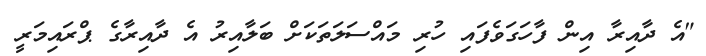
"އެ ދާއިރާ އިން ފާހަގަވެފައި ހުރި މައްސަލަތަކަށް ބަލާއިރު އެ ދާއިރާގެ ޕްރައިމަރީ